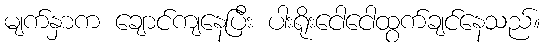
မျက်နှာက ချောင်ကျနေပြီး ပါးရိုးငေါငေါထွက်ချင်နေသည်။